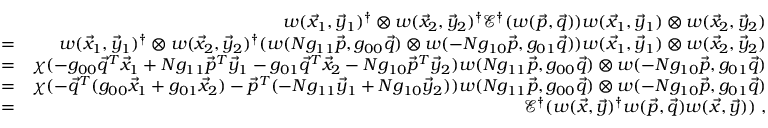
\begin{array} { r l r } & { } & { w ( \vec { x } _ { 1 } , \vec { y } _ { 1 } ) ^ { \dag } \otimes w ( \vec { x } _ { 2 } , \vec { y } _ { 2 } ) ^ { \dag } \mathcal { E } ^ { \dag } ( w ( \vec { p } , \vec { q } ) ) w ( \vec { x } _ { 1 } , \vec { y } _ { 1 } ) \otimes w ( \vec { x } _ { 2 } , \vec { y } _ { 2 } ) } \\ & { = } & { w ( \vec { x } _ { 1 } , \vec { y } _ { 1 } ) ^ { \dag } \otimes w ( \vec { x } _ { 2 } , \vec { y } _ { 2 } ) ^ { \dag } ( w ( N g _ { 1 1 } \vec { p } , g _ { 0 0 } \vec { q } ) \otimes w ( - N g _ { 1 0 } \vec { p } , g _ { 0 1 } \vec { q } ) ) w ( \vec { x } _ { 1 } , \vec { y } _ { 1 } ) \otimes w ( \vec { x } _ { 2 } , \vec { y } _ { 2 } ) } \\ & { = } & { \chi ( - g _ { 0 0 } \vec { q } ^ { T } \vec { x } _ { 1 } + N g _ { 1 1 } \vec { p } ^ { T } \vec { y } _ { 1 } - g _ { 0 1 } \vec { q } ^ { T } \vec { x } _ { 2 } - N g _ { 1 0 } \vec { p } ^ { T } \vec { y } _ { 2 } ) w ( N g _ { 1 1 } \vec { p } , g _ { 0 0 } \vec { q } ) \otimes w ( - N g _ { 1 0 } \vec { p } , g _ { 0 1 } \vec { q } ) } \\ & { = } & { \chi ( - \vec { q } ^ { T } ( g _ { 0 0 } \vec { x } _ { 1 } + g _ { 0 1 } \vec { x } _ { 2 } ) - \vec { p } ^ { T } ( - N g _ { 1 1 } \vec { y } _ { 1 } + N g _ { 1 0 } \vec { y } _ { 2 } ) ) w ( N g _ { 1 1 } \vec { p } , g _ { 0 0 } \vec { q } ) \otimes w ( - N g _ { 1 0 } \vec { p } , g _ { 0 1 } \vec { q } ) } \\ & { = } & { \mathcal { E } ^ { \dag } ( w ( \vec { x } , \vec { y } ) ^ { \dag } w ( \vec { p } , \vec { q } ) w ( \vec { x } , \vec { y } ) ) \; , } \end{array}